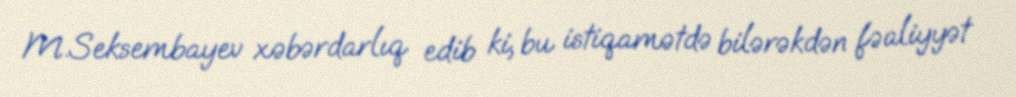
M.Seksembayev xəbərdarlıq edib ki, bu istiqamətdə bilərəkdən fəaliyyət